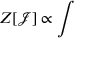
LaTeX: Z [ \mathcal { J } ] \propto \int